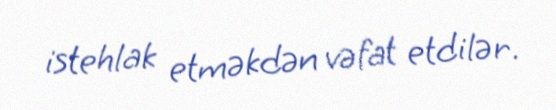
istehlak etməkdən vəfat etdilər.